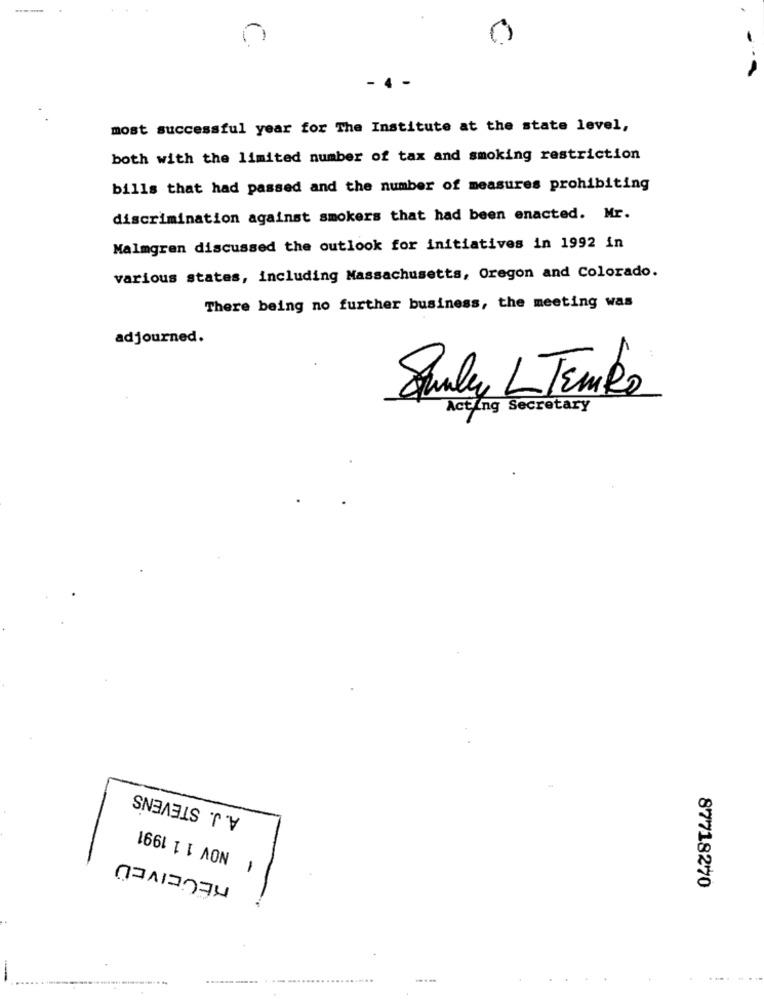
- 4
most successful year for The Institute at the state level,
both with the limited number of tax and smoking restriction
bills that had passed and the number of measures prohibiting
discrimination against smokers that had been enacted. Mr.
Malmgren discussed the outlook for initiatives in 1992 in
various states, including Massachusetts, Oregon and Colorado.
There being no further business, the meeting was
adjourned.
Stanley L TEMko
Acting Secretary
A. J. STEVENS
NOV 1 1 1991
1
87718270
...... ...... . ..........